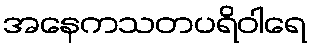
အနေကသတပရိဝါရေ